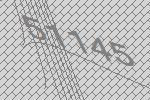
51145